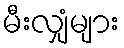
မီးလျှံများ